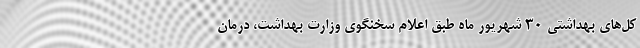
کل‌های بهداشتی ۳۰ شهریور ماه طبق اعلام سخنگوی وزارت بهداشت، درمان